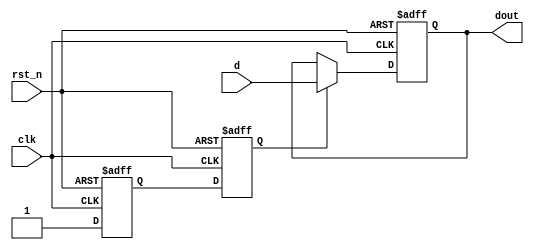
`timescale 1ns/1ns

module ali16(
input clk,
input rst_n,
input d,
output reg dout
 );

//*************code***********//
reg d1,d2;
always @(posedge clk or negedge rst_n)
begin
if(!rst_n)
begin
d1<=0;
d2<=0;
end
else
begin
d1<=1;
d2<=d1;
end
end


always @(posedge clk or negedge rst_n)
begin
if(!rst_n)
dout<=0;
else if(d2)
dout<=d;
end
//*************code***********//
endmodule